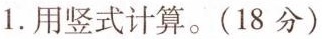
1.用竖式计算。(18分)